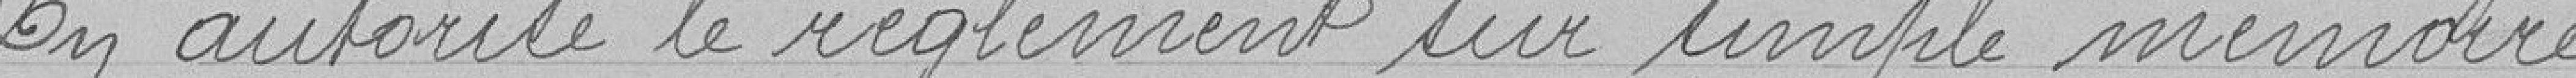
En autorise le règlement sur simple mémoire